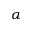
\alpha